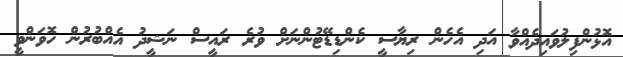
އޮޅުންފިލުވައިދެއްވާ އަދި އެހެން ރިޔާސީ ކެންޑިޑޭޓުންނަށް ވުރެ ރައީސް ނަޝީދު އެއްބުރުން ހޮވަންވީ